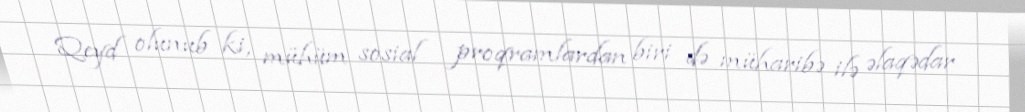
Qeyd olunub ki, mühüm sosial proqramlardan biri də müharibə ilə əlaqədar